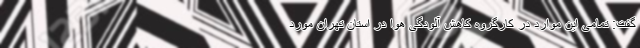
گفت: تمامی این موارد در کارگروه کاهش آلودگی هوا در استان تهران مورد